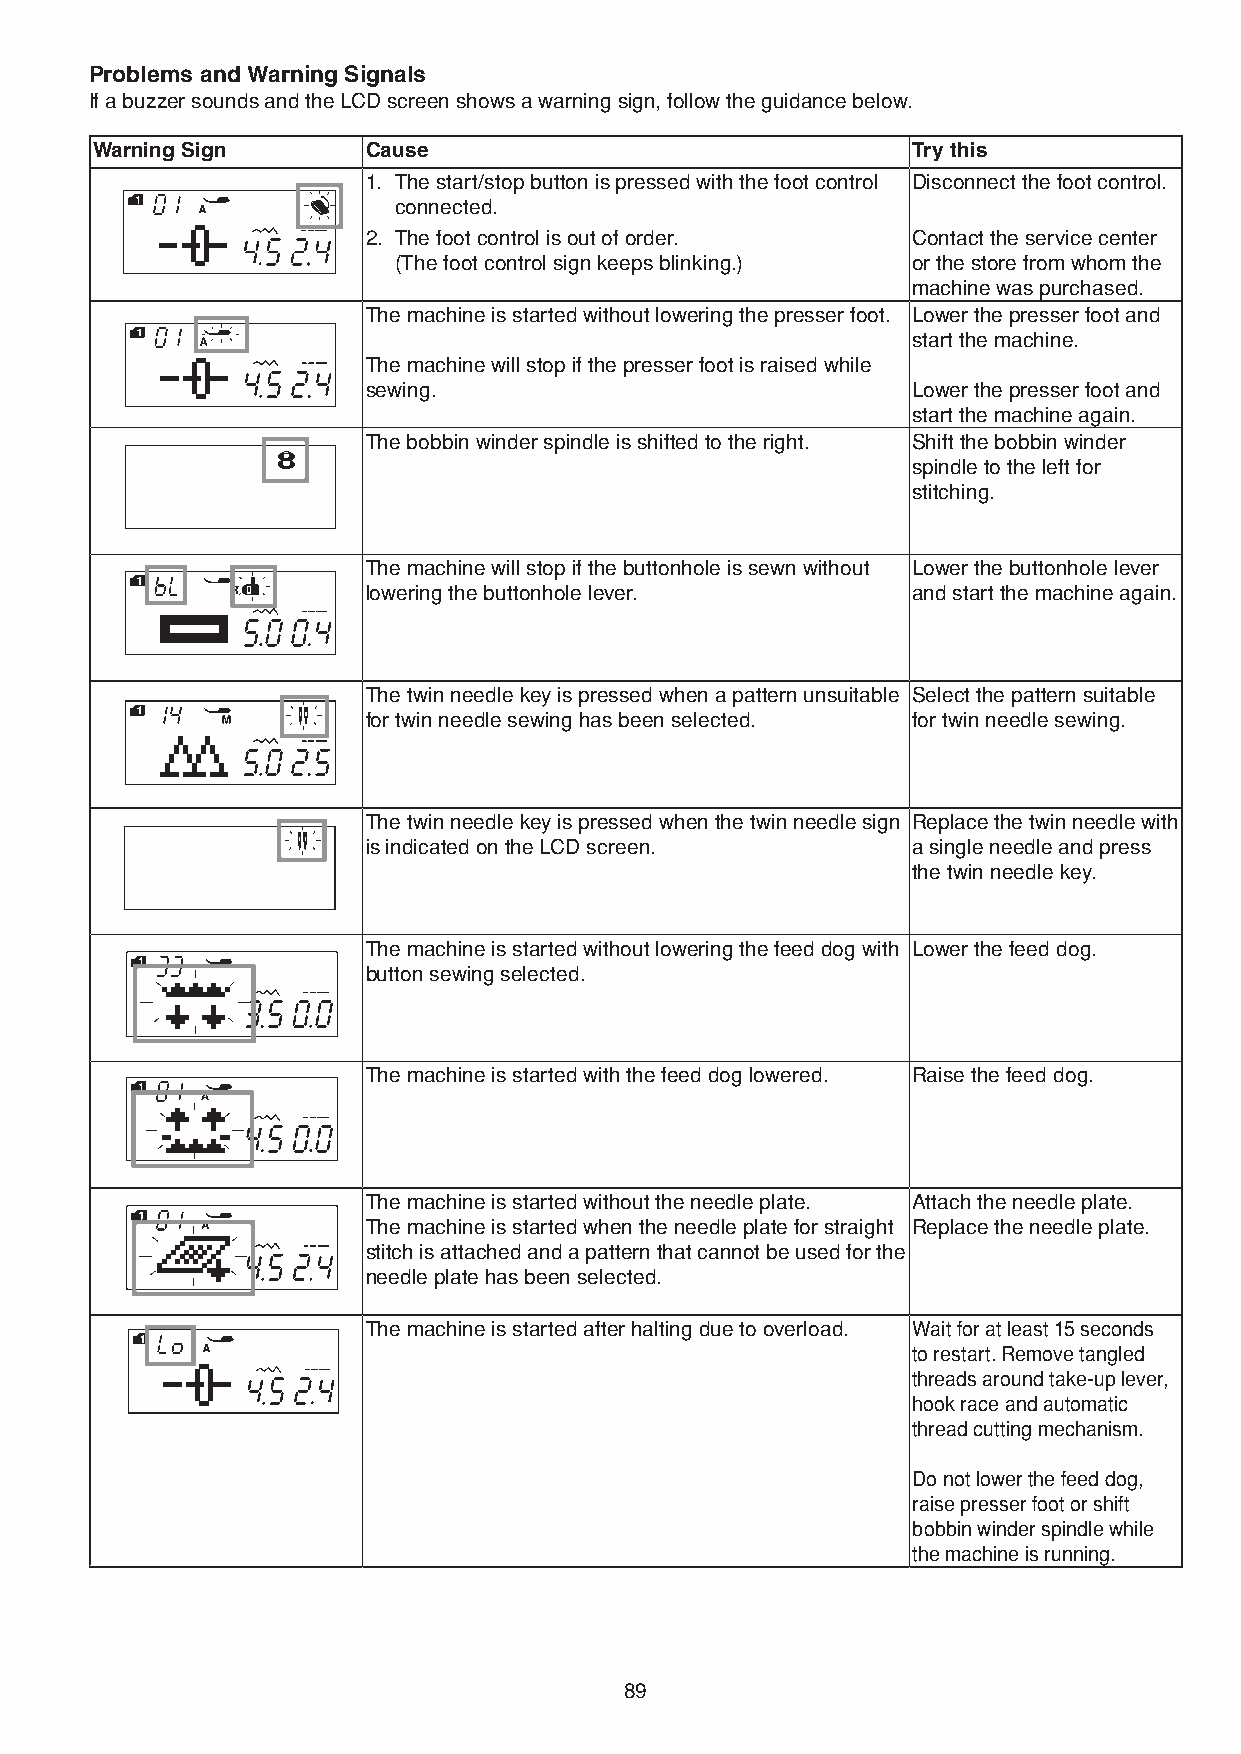
Problems and Warning Signals
 If a buzzer sounds and the LCD screen shows a warning sign, follow the guidance below.
 Warning Sign      Cause                               Try this
 1. The start/stop button is pressed with the foot control Disconnect the foot control.
 connected.
 2. The foot control is out of order. Contact the service center
 (The foot control sign keeps blinking.) or the store from whom the
 machine was purchased.
 The machine is started without lowering the presser foot. Lower the presser foot and
 start the machine.
 The machine will stop if the presser foot is raised while
 sewing.                             Lower the presser foot and
 start the machine again.
 The bobbin winder spindle is shifted to the right. Shift the bobbin winder
 spindle to the left for
 stitching.
 The machine will stop if the buttonhole is sewn without Lower the buttonhole lever
 lowering the buttonhole lever.      and start the machine again.
 The twin needle key is pressed when a pattern unsuitable Select the pattern suitable
 for twin needle sewing has been selected. for twin needle sewing.
 The twin needle key is pressed when the twin needle sign Replace the twin needle with
 is indicated on the LCD screen.     a single needle and press
 the twin needle key.
 The machine is started without lowering the feed dog with Lower the feed dog.
 button sewing selected.
 The machine is started with the feed dog lowered. Raise the feed dog.
 The machine is started without the needle plate. Attach the needle plate.
 The machine is started when the needle plate for straight Replace the needle plate.
 stitch is attached and a pattern that cannot be used for the
 needle plate has been selected.
 The machine is started after halting due to overload. Wait for at least 15 seconds
 to restart. Remove tangled
 threads around take-up lever,
 hook race and automatic
 thread cutting mechanism.
 Do not lower the feed dog,
 raise presser foot or shift
 bobbin winder spindle while
 the machine is running.
 89